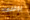
يوقفها